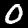
Digit: 0